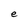
Character: e